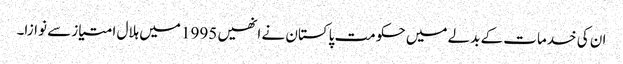
ان کی خدمات کے بدلے میں حکومت پاکستان نے انھیں 1995 میں ہلال امتیاز سے نوازا۔